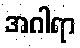
အဂါရာ